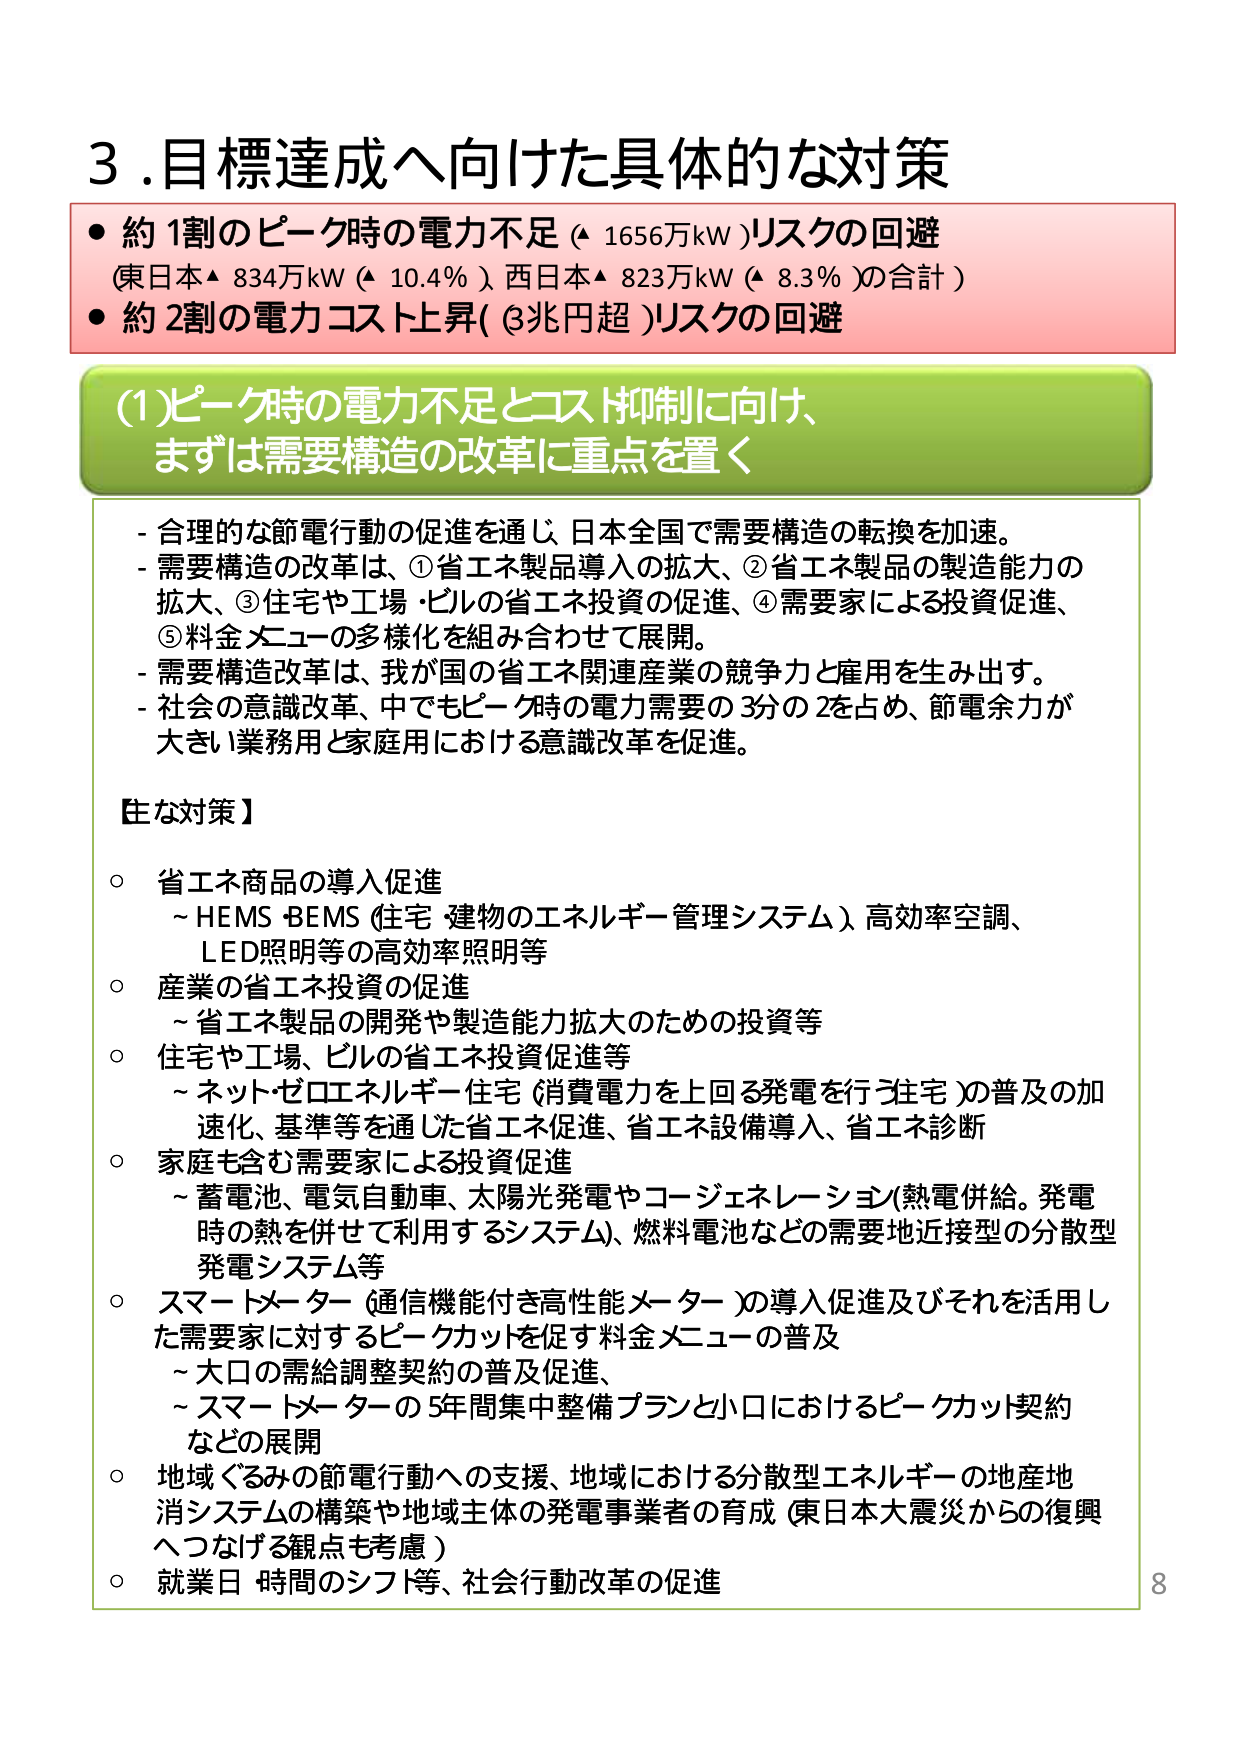
3.目標達成へ向けた具体的な対策
● 約1割のピーク時の電力不足（▲1656万kW）リスクの回避
（東日本▲834万kW（▲10.4％）、西日本▲823万kW（▲8.3％）の合計）
● 約2割の電力コスト上昇（3兆円超）リスクの回避

(1)ピーク時の電力不足とコスト抑制に向け、
まずは需要構造の改革に重点を置く

- 合理的な節電行動の促進を通じ、日本全国で需要構造の転換を加速。
- 需要構造の改革は、①省エネ製品導入の拡大、②省エネ製品の製造能力の
  拡大、③住宅や工場・ビルの省エネ投資の促進、④需要家による投資促進、
  ⑤料金メニューの多様化を組み合わせて展開。
- 需要構造改革は、我が国の省エネ関連産業の競争力と雇用を生み出す。
- 社会の意識改革、中でもピーク時の電力需要の3分の2を占め、節電余力が
  大きい業務用と家庭用における意識改革を促進。

【主な対策】

○ 省エネ商品の導入促進
  ~ HEMS・BEMS（住宅・建物のエネルギー管理システム）、高効率空調、
    LED照明等の高効率照明等

○ 産業の省エネ投資の促進
  ~ 省エネ製品の開発や製造能力拡大のための投資等

○ 住宅や工場、ビルの省エネ投資促進等
  ~ ネット・ゼロエネルギー住宅（消費電力を上回る発電を行う住宅）の普及の加
    速化、基準等を通じた省エネ促進、省エネ設備導入、省エネ診断

○ 家庭も含む需要家による投資促進
  ~ 蓄電池、電気自動車、太陽光発電やコージェネレーション（熱電併給。発電
    時の熱を併せて利用するシステム）、燃料電池などの需要地近接型の分散型
    発電システム等

○ スマートメーター（通信機能付き高性能メーター）の導入促進及びそれを活用し
  た需要家に対するピークカットを促す料金メニューの普及
  ~ 大口の需給調整契約の普及促進、
  ~ スマートメーターの5年間集中整備プランと小口におけるピークカット契約
    などの展開

○ 地域ぐるみの節電行動への支援、地域における分散型エネルギーの地産地
  消システムの構築や地域主体の発電事業者の育成（東日本大震災からの復興
  へつなげる観点も考慮）

○ 就業日・時間のシフト等、社会行動改革の促進

8